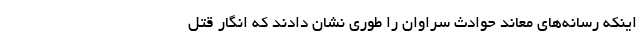
اینکه رسانه‌های معاند حوادث سراوان را طوری نشان دادند که انگار ‌قتل